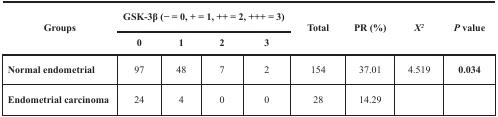
<table><thead><tr><td rowspan="2"><b>Groups</b></td><td colspan="4"><b>GSK-3β (− = 0, + = 1, ++ = 2, +++ = 3)</b></td><td rowspan="2"><b>Total</b></td><td rowspan="2"><b>PR (%)</b></td><td rowspan="2"><b><i>X<sup>2</sup></i></b></td><td rowspan="2"><b><i>P</i> value</b></td></tr><tr><td><b>0</b></td><td><b>1</b></td><td><b>2</b></td><td><b>3</b></td></tr></thead><tbody><tr><td><b>Normal endometrial</b></td><td>97</td><td>48</td><td>7</td><td>2</td><td>154</td><td>37.01</td><td>4.519</td><td><b>0.034</b></td></tr><tr><td><b>Endometrial carcinoma</b></td><td>24</td><td>4</td><td>0</td><td>0</td><td>28</td><td>14.29</td><td></td><td></td></tr></tbody></table>